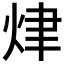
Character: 𤈠